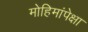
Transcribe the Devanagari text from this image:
मोहिमांपेक्षा